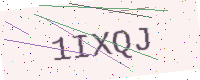
Text: 1IXQJ